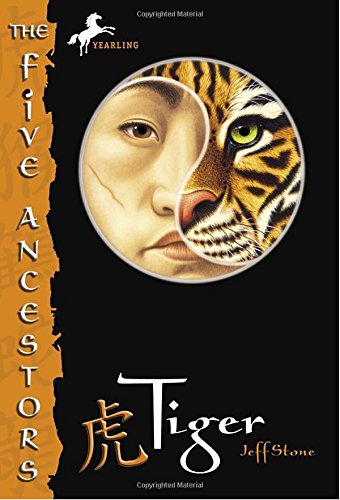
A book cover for Tiger (The Five Ancestors, Book 1); Jeff Stone; Children's Books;